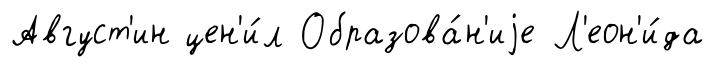
Август'ин цен'и́л Образова́н'иjе Л'еон'и́да